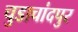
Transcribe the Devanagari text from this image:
चुडाचांदपुर